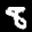
Label: 8